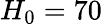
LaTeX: H_{0}=70